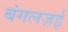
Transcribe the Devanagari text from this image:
बंगलज़ई